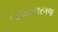
જામનગરગજ